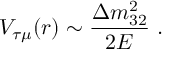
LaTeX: V _ { \tau \mu } ( r ) \sim \frac { \Delta m _ { 3 2 } ^ { 2 } } { 2 E } ~ .